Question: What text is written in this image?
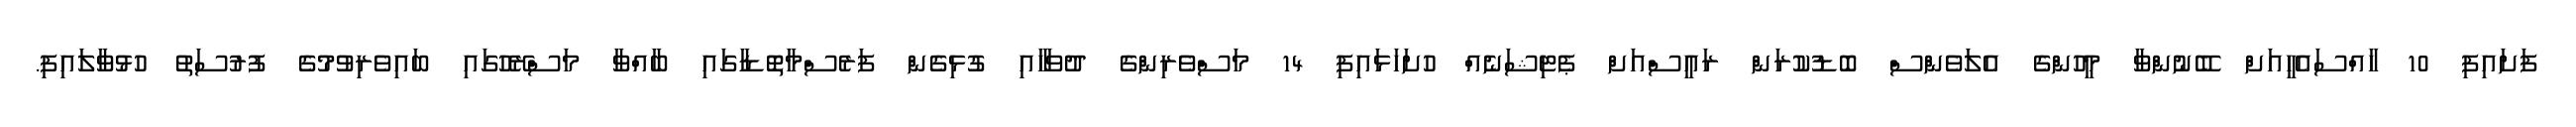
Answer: ފަށައިފި 10 ހާއްސައެހީއަށް ބޭނުންވާ މީހުންގެ އެލަވެންސް ބޮޑުކުރަން ރައީސްއަށް ޕެޓިޝަނެއް ހުށަހަޅައިފި 14 މަސްވެރިންގެ ދުވަހާއި ގުޅިގެން ފަރެސްމާތޮޑާގައި ބާއްވާ މަސްރޭހުގައި ބައިވެރިވުމުގެ ފުރުސަތު ހުޅުވާލައިފި.